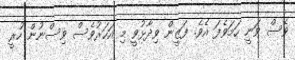
ވެސް ވަނީ ހަމަވެފަ އެވެ. ފަޒީން ވިދާޅުވީ މި އަހަރުވެސް ވިސްނުން ހުރީ